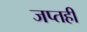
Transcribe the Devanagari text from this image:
जप्‍तही